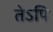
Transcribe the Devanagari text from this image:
तेऽपि